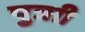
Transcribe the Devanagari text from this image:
पुत्राी